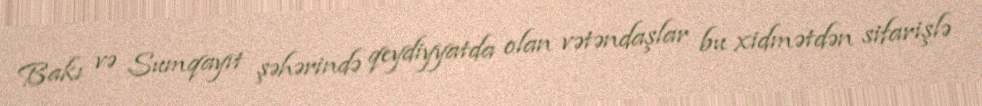
Bakı və Sumqayıt şəhərində qeydiyyatda olan vətəndaşlar bu xidmətdən sifarişlə